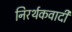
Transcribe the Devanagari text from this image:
निरर्थकवादी